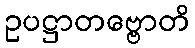
ဥပဋ္ဌာတဗ္ဗောတိ